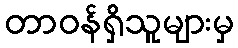
တာဝန်ရှိသူများမှ